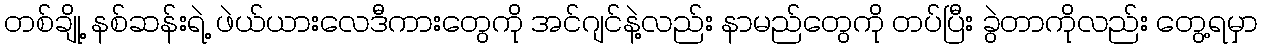
တစ်ချို့ နစ်ဆန်းရဲ့ ဖဲယ်ယားလေဒီကားတွေကို အင်ဂျင်နဲ့လည်း နာမည်တွေကို တပ်ပြီး ခွဲတာကိုလည်း တွေ့ရမှာ